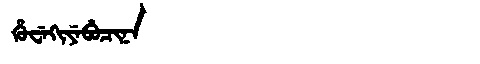
Manchu: ᡥᡠᠸᡝᡴᡳᠶᡝᠪᡠᠴᡳᠨᠠ
Romanization: HUWEKIYEBUCINA